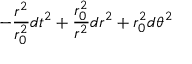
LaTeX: - { \frac { r ^ { 2 } } { r _ { 0 } ^ { 2 } } } d t ^ { 2 } + { \frac { r _ { 0 } ^ { 2 } } { r ^ { 2 } } } d r ^ { 2 } + r _ { 0 } ^ { 2 } d \theta ^ { 2 }